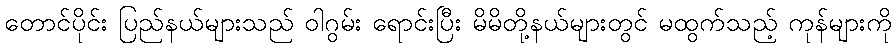
တောင်ပိုင်း ပြည်နယ်များသည် ဝါဂွမ်း ရောင်းပြီး မိမိတို့နယ်များတွင် မထွက်သည့် ကုန်များကို